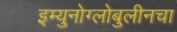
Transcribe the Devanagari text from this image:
इम्युनोग्लोबुलीनचा